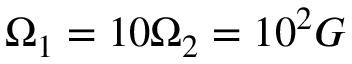
\Omega _ { 1 } = 1 0 \Omega _ { 2 } = 1 0 ^ { 2 } G